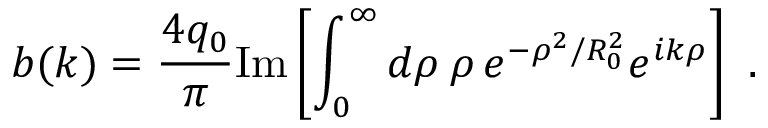
b ( k ) = { \frac { 4 q _ { 0 } } { \pi } } \mathrm { I m } \left[ \int _ { 0 } ^ { \infty } d \rho \: \rho \, e ^ { - \rho ^ { 2 } / R _ { 0 } ^ { 2 } } e ^ { i k \rho } \right] ~ .